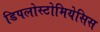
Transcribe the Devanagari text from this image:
डिपलोस्टोमियेसिस